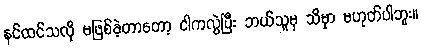
နင်ထင်သလို မဖြစ်ခဲ့တာတော့ ငါကလွဲပြီး ဘယ်သူမှ သိမှာ မဟုတ်ပါဘူး။